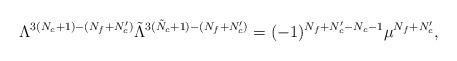
LaTeX: \begin{align*} \Lambda^{3(N_c+1)-(N_f+N_c')}\tilde{\Lambda}^{3(\tilde{N}_c+1)-(N_f+N_c')} = (-1)^{N_f+N_c'-N_c-1}\mu^{N_f+N_c'},\end{align*}